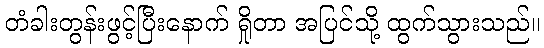
တံခါးတွန်းဖွင့်ပြီးနောက် ရှိုတာ အပြင်သို့ ထွက်သွားသည်။